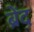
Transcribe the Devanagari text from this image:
ब्रेंद